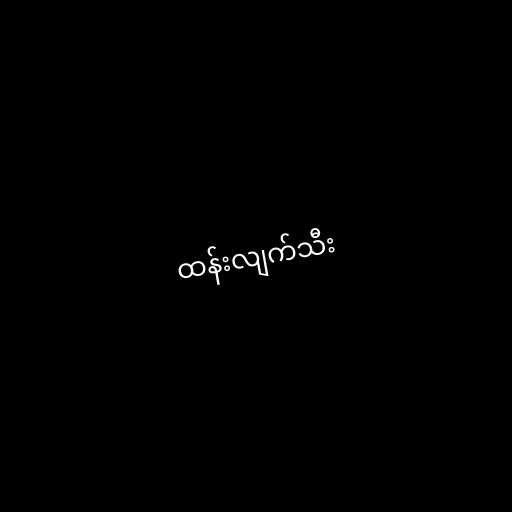
ထန်းလျက်သီး